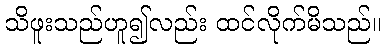
သိဖူးသည်ဟူ၍လည်း ထင်လိုက်မိသည်။